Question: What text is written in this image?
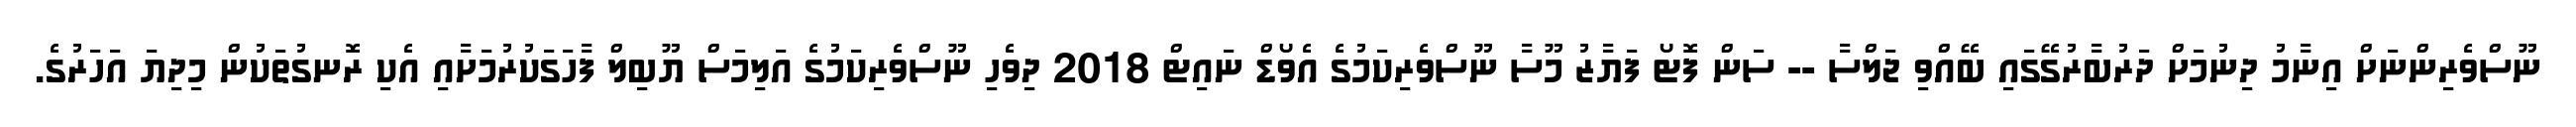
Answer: ނޫސްވެރިންނަށް އިނާމު ދިނުމަށް ދަރުބާރުގޭގައި ބޭއްވި ޖަލްސާ -- ސަން ފޮޓޯ ފަޔާޒު މޫސާ ނޫސްވެރިކަމުގެ އެވޯޑް ނައިޓް 2018 ދިވެހި ނޫސްވެރިކަމުގެ އަލިމަސް ޔޫބިލް ފާހަގަކުރުމަށާއި އެކި ރޮނގުތަކުން މިދިޔަ އަހަރުގެ.